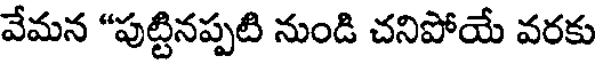
వేమన "పుట్టినప్పటి నుండి చనిపోయే వరకు